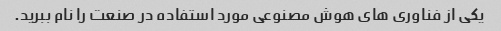
یکی از فناوری های هوش مصنوعی مورد استفاده در صنعت را نام ببرید.